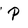
Character: p